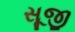
સૂજી